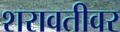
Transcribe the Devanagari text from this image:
शरावतीवर